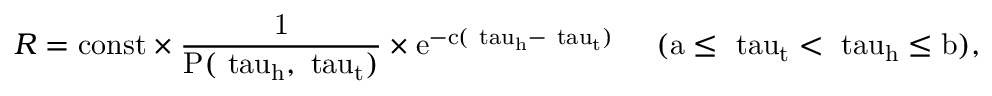
R = \mathrm { { c o n s t } \times \frac { 1 } { P ( \ t a u _ { h } , \ t a u _ { t } ) } \times e ^ { - c ( \ t a u _ { h } - \ t a u _ { t } ) } \; \; \; \; \; ( a \leq \ t a u _ { t } < \ t a u _ { h } \leq b ) , }